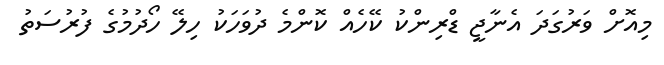
މިއޮށް ވަރުގަދަ އެނާޖީ ޑްރިންކު ކޭހެއް ކޮންމެ ދުވަހަކު ހިލޭ ހޯދުމުގެ ފުރުސަތު